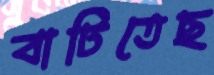
বাটিতেছ